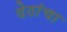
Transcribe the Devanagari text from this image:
देठांचा